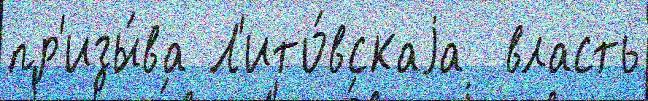
пр'изы́ва Л'ито́вскаjа  власть